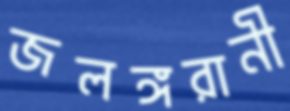
জলঙ্গরানী